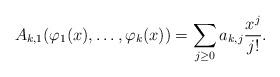
LaTeX: \begin{align*}A_{k,1}(\varphi_1(x),\ldots,\varphi_k(x))=\sum_{j\geq0}a_{k,j}\frac{x^j}{j!}.\end{align*}